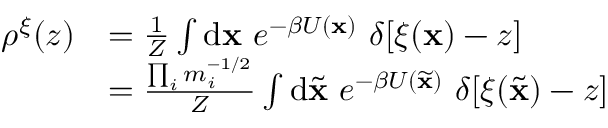
\begin{array} { r l } { \rho ^ { \xi } ( z ) } & { = \frac { 1 } { Z } \int \mathrm { d } \ensuremath { \mathbf { x } } \ e ^ { - \beta U ( \ensuremath { \mathbf { x } } ) } \ \delta [ \xi ( \ensuremath { \mathbf { x } } ) - z ] } \\ & { = \frac { \prod _ { i } m _ { i } ^ { - 1 / 2 } } { Z } \int \mathrm { d } \ensuremath { { \widetilde { \mathbf { x } } } } \ e ^ { - \beta U ( \ensuremath { { \widetilde { \mathbf { x } } } } ) } \ \delta [ \xi ( \ensuremath { { \widetilde { \mathbf { x } } } } ) - z ] } \end{array}